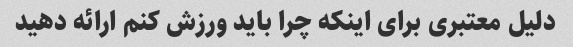
دلیل معتبری برای اینکه چرا باید ورزش کنم ارائه دهید